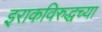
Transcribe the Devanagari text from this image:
इराकविरुद्धच्या